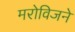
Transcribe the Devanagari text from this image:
मरोविजने